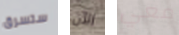
ستسرق الآن معي